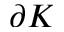
\partial K